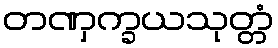
တဏှက္ခယသုတ္တံ